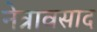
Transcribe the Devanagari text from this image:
नेत्रावसाद